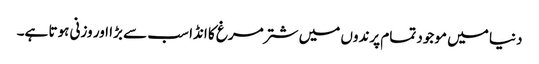
دنیا میں موجود تمام پرندوں میں شتر مرغ کا انڈا سب سے بڑا اور وزنی ہوتا ہے۔